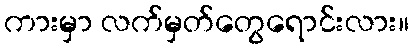
ကားမှာ လက်မှတ်တွေရောင်းလား။